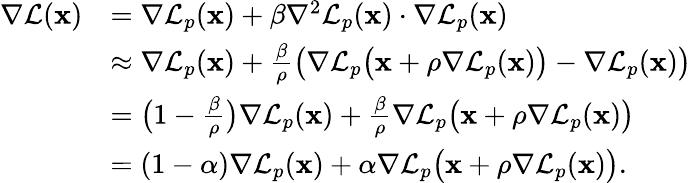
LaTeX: \begin{array}{rl}{\nabla\mathcal{L}(\mathbf{x})}&{=\nabla\mathcal{L}_{p}(\mathbf{x})+\beta\nabla^{2}\mathcal{L}_{p}(\mathbf{x})\cdot\nabla\mathcal{L}_{p}(\mathbf{x})}\\ &{\approx\nabla\mathcal{L}_{p}(\mathbf{x})+\frac{\beta}{\rho}\bigl(\nabla\mathcal{L}_{p}\bigl(\mathbf{x}+\rho\nabla\mathcal{L}_{p}(\mathbf{x})\bigr)-\nabla\mathcal{L}_{p}(\mathbf{x})\bigr)}\\ &{=\bigl(1-\frac{\beta}{\rho}\bigr)\nabla\mathcal{L}_{p}(\mathbf{x})+\frac{\beta}{\rho}\nabla\mathcal{L}_{p}\bigl(\mathbf{x}+\rho\nabla\mathcal{L}_{p}(\mathbf{x})\bigr)}\\ &{=(1-\alpha)\nabla\mathcal{L}_{p}(\mathbf{x})+\alpha\nabla\mathcal{L}_{p}\bigl(\mathbf{x}+\rho\nabla\mathcal{L}_{p}(\mathbf{x})\bigr).}\end{array}